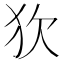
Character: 𤝆